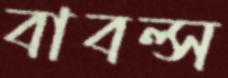
বাবল্স